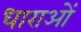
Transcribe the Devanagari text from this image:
धाराआें